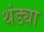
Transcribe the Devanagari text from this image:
थंड्या